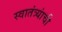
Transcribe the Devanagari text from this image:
स्वातंत्र्यांची